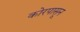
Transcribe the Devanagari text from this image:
कोरपासून